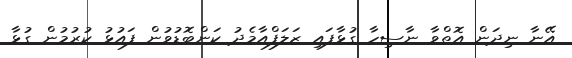
އޭނާ ނިދަން އޮތްވާ ނާސިހާ ގުޅާފައި ޒަލަފްއާމެދު ކަންބޮޑުވުން ފައުޅު ކުރުމުން ގުޅާ